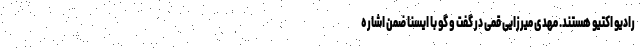
رادیو اکتیو هستند. مهدی میرزایی قمی در گفت و گو با ایسنا ضمن اشاره